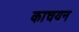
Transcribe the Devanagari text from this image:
काचयन